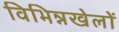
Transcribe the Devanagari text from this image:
विभिन्नखेलों